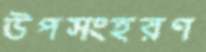
উপসংহরণ